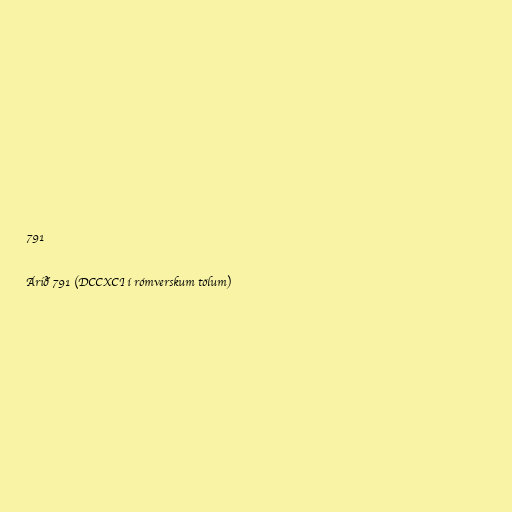
791

Árið 791 (DCCXCI í rómverskum tölum)